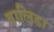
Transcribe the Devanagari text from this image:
वालिडा